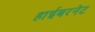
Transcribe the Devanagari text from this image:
हाईबरनेट